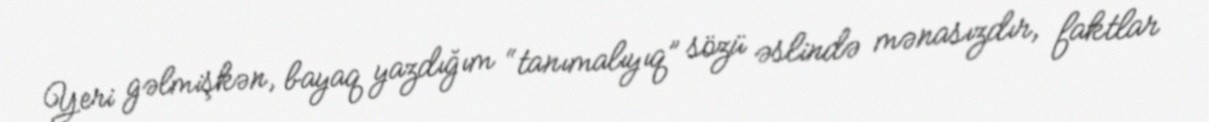
Yeri gəlmişkən, bayaq yazdığım “tanımalıyıq” sözü əslində mənasızdır, faktlar